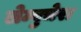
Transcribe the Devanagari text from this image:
लेम्बुचेरा